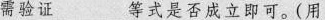
需验证___等式是否成立即可。(用